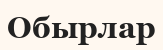
Обырлар